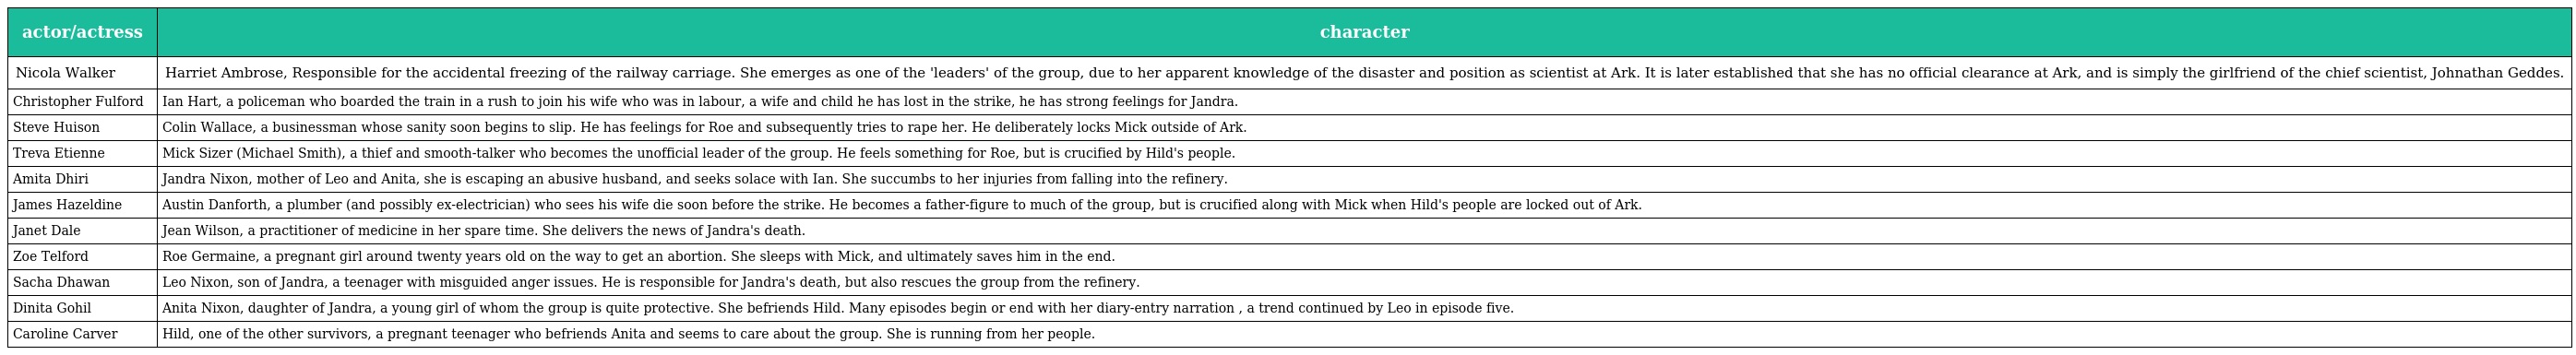
| actor/actress | character |
 | --- | --- |
 | Nicola Walker | Harriet Ambrose, Responsible for the accidental freezing of the railway carriage. She emerges as one of the 'leaders' of the group, due to her apparent knowledge of the disaster and position as scientist at Ark. It is later established that she has no official clearance at Ark, and is simply the girlfriend of the chief scientist, Johnathan Geddes. |
 | Christopher Fulford | Ian Hart, a policeman who boarded the train in a rush to join his wife who was in labour, a wife and child he has lost in the strike, he has strong feelings for Jandra. |
 | Steve Huison | Colin Wallace, a businessman whose sanity soon begins to slip. He has feelings for Roe and subsequently tries to rape her. He deliberately locks Mick outside of Ark. |
 | Treva Etienne | Mick Sizer (Michael Smith), a thief and smooth-talker who becomes the unofficial leader of the group. He feels something for Roe, but is crucified by Hild's people. |
 | Amita Dhiri | Jandra Nixon, mother of Leo and Anita, she is escaping an abusive husband, and seeks solace with Ian. She succumbs to her injuries from falling into the refinery. |
 | James Hazeldine | Austin Danforth, a plumber (and possibly ex-electrician) who sees his wife die soon before the strike. He becomes a father-figure to much of the group, but is crucified along with Mick when Hild's people are locked out of Ark. |
 | Janet Dale | Jean Wilson, a practitioner of medicine in her spare time. She delivers the news of Jandra's death. |
 | Zoe Telford | Roe Germaine, a pregnant girl around twenty years old on the way to get an abortion. She sleeps with Mick, and ultimately saves him in the end. |
 | Sacha Dhawan | Leo Nixon, son of Jandra, a teenager with misguided anger issues. He is responsible for Jandra's death, but also rescues the group from the refinery. |
 | Dinita Gohil | Anita Nixon, daughter of Jandra, a young girl of whom the group is quite protective. She befriends Hild. Many episodes begin or end with her diary-entry narration , a trend continued by Leo in episode five. |
 | Caroline Carver | Hild, one of the other survivors, a pregnant teenager who befriends Anita and seems to care about the group. She is running from her people. |